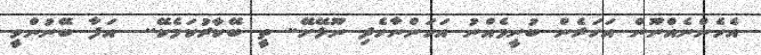
އެހެންނެއްނޫން އަހަރެން ބުނީމެއްނު އަހަންނާހެދި ނޫޅޭށޭ.. ތީ ބޭކާރުކަމެކޭ..  އަފާ ބޭނުންވީ